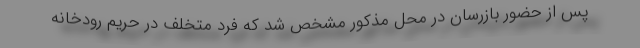
پس از حضور بازرسان در محل مذکور مشخص شد که فرد متخلف در حریم رودخانه